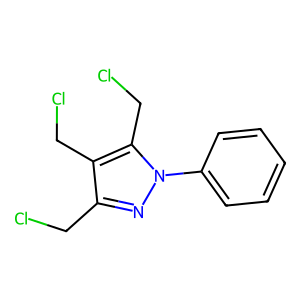
SMILES: ClCc1nn(-c2ccccc2)c(CCl)c1CCl
Inhibits HIV replication: No